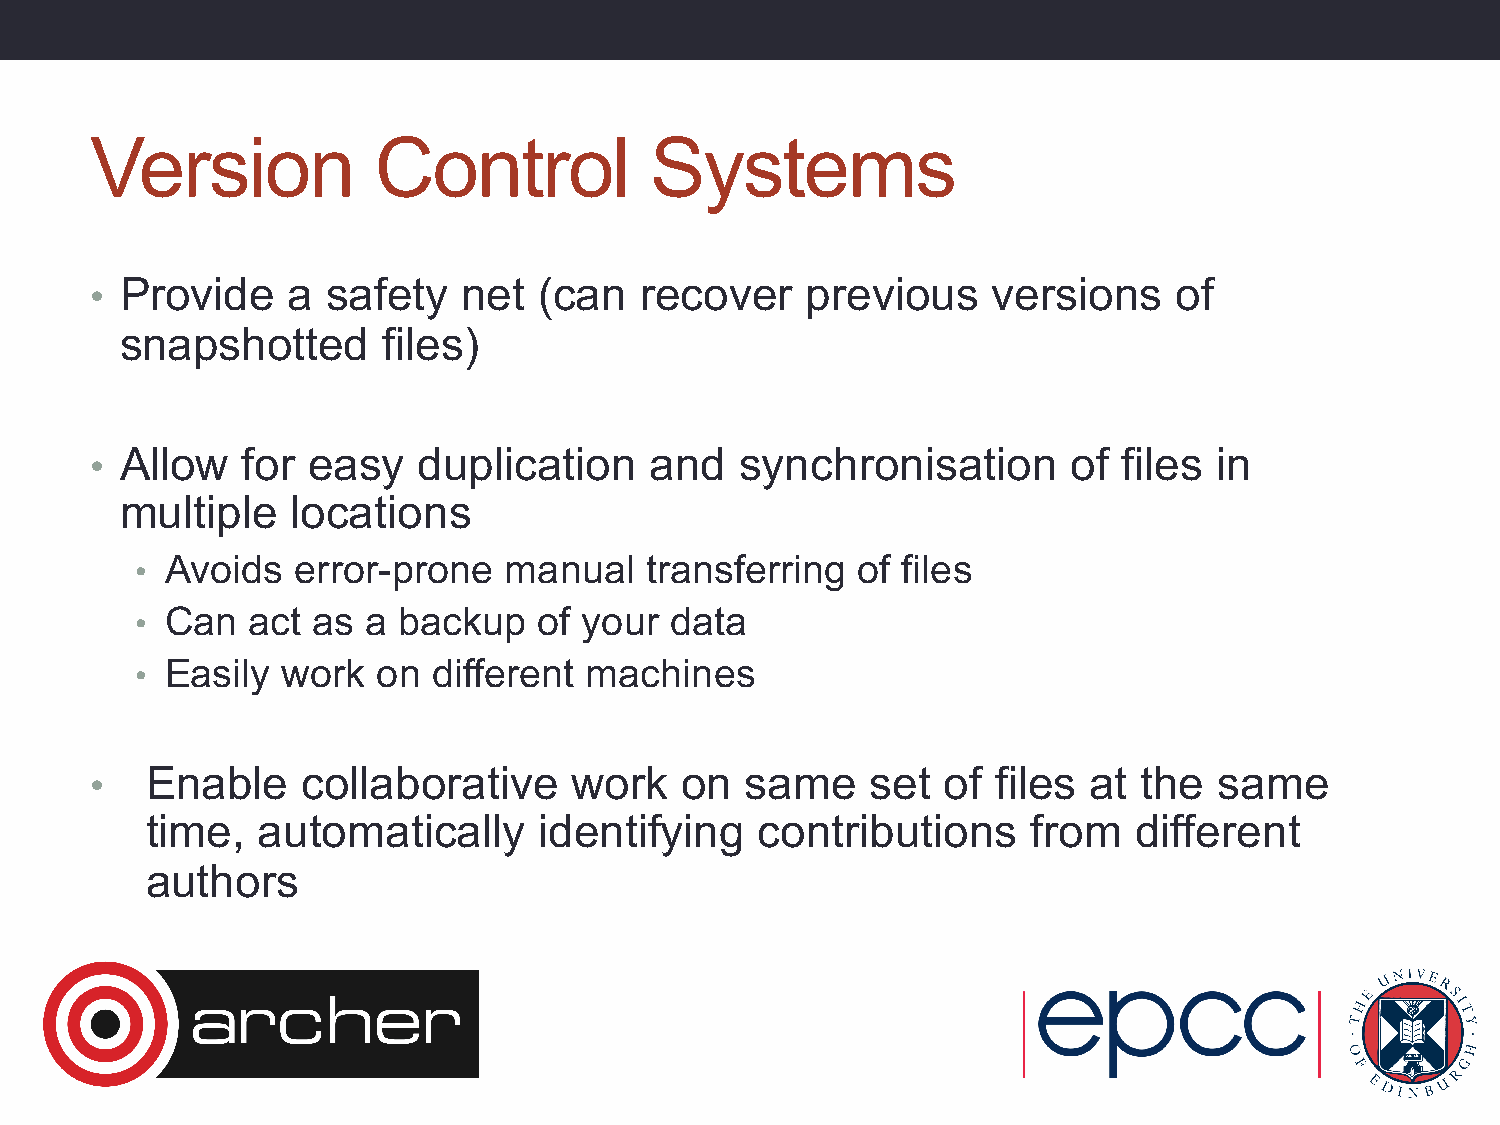
Version            Control           Systems
 • Provide    a  safety   net  (can  recover    previous     versions    of
 snapshotted      files)
 • Allow   for easy    duplication    and   synchronisation       of files  in
 multiple   locations
 • Avoids  error-prone   manual    transferring  of files
 • Can  act  as a backup    of your data
 • Easily  work  on  different machines
 •   Enable    collaborative     work   on  same     set  of files at  the  same
 time,  automatically      identifying   contributions     from   different
 authors